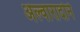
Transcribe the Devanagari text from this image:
अल्वारादोने